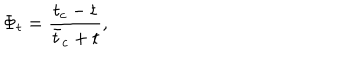
LaTeX: \Phi _ { t } = { \frac { t _ { c } - t } { { \bar { t } } _ { c } + t } } ,